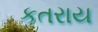
કતરાય